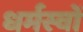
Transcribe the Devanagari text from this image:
धर्मस्वों